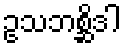
ဥသဘစ္ဆိဒါ